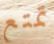
تمتع